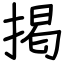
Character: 掲